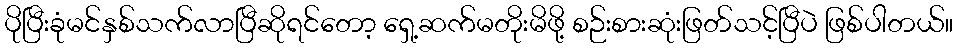
ပိုပြီးခုံမင်နှစ်သက်လာပြီဆိုရင်တော့ ရှေ့ဆက်မတိုးမိဖို့ စဉ်းစားဆုံးဖြတ်သင့်ပြီပဲ ဖြစ်ပါတယ်။